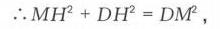
\(\therefore MH^{2}+DH^{2}=DM^{2},\)